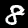
Label: 8